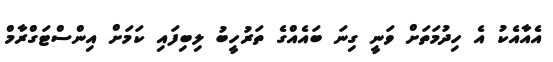
އެއާއެކު އެ ހިދުމަތަށް ވަނީ ގިނަ ބައެއްގެ ތަރުހީބު ލިބިފައި ކަމަށް އިންސްޓަގްރާމް